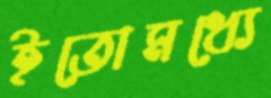
ইতোমধ্যে